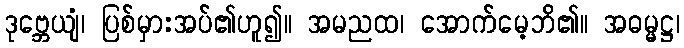
ဒုဗ္ဘေယျံ၊ ပြစ်မှားအပ်၏ဟူ၍။ အမညထ၊ အောက်မေ့ဘိ၏။ အဓမ္မဋ္ဌ၊